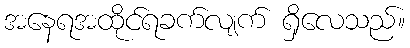
အနေရအထိုင်ရခက်လျက် ရှိလေသည်။